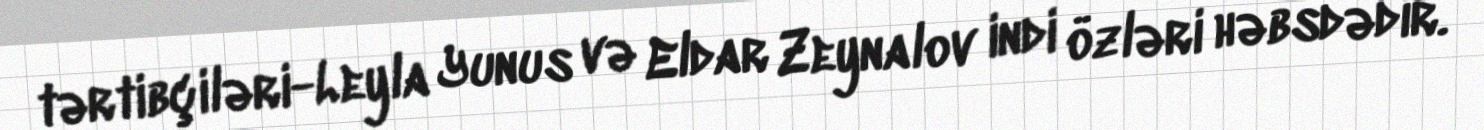
tərtibçiləri-Leyla Yunus və Eldar Zeynalov indi özləri həbsdədir.